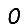
Digit: 0